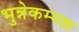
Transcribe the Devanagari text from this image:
भुन्नेकम्मल्ल